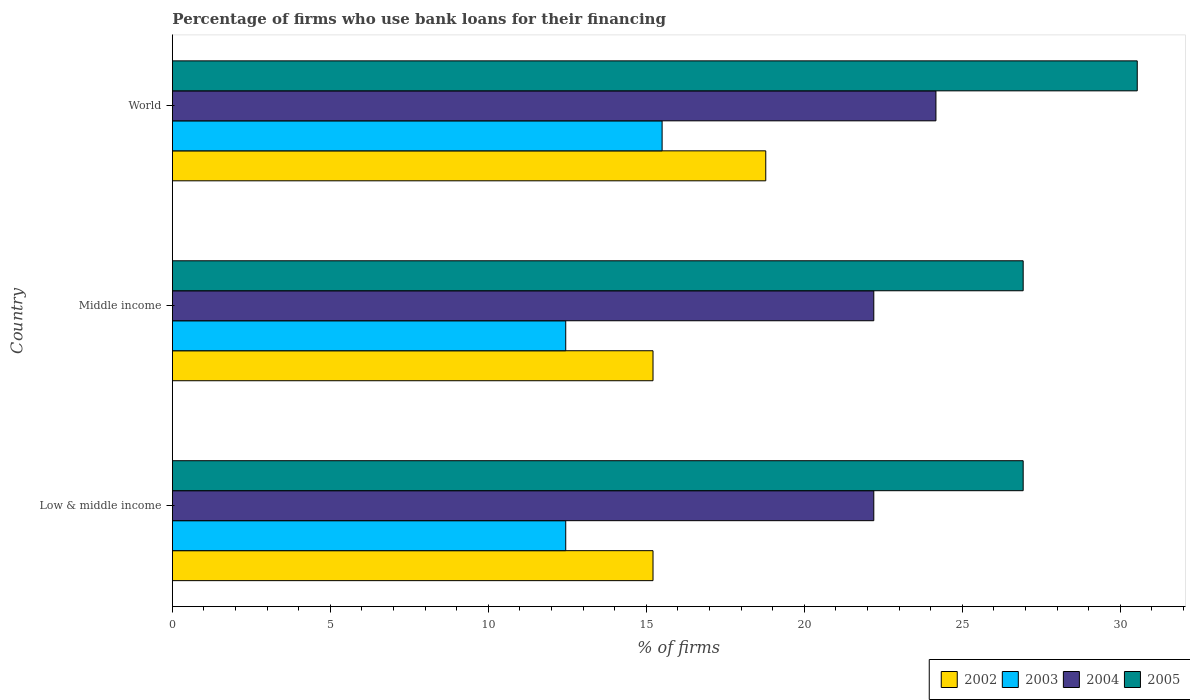
| Country | 2002 | 2003 | 2004 | 2005 |
 | --- | --- | --- | --- | --- |
 | Low & middle income | 15.2 | 12.4 | 22.2 | 26.9 |
 | Middle income | 15.2 | 12.4 | 22.2 | 26.9 |
 | World | 18.8 | 15.5 | 24.2 | 30.5 |